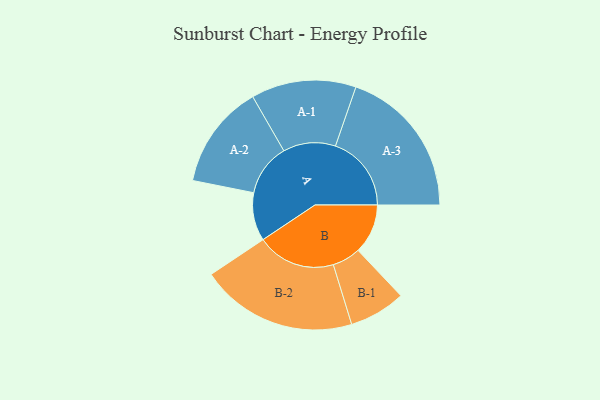
{"axis": {"x": "Segment", "y": "Value"}, "legend": ["", "A", "B"], "data": [{"x": "A", "y": 181, "type": ""}, {"x": "B", "y": 187, "type": ""}, {"x": "A-1", "y": 197, "type": "A"}, {"x": "A-2", "y": 196, "type": "A"}, {"x": "A-3", "y": 285, "type": "A"}, {"x": "B-1", "y": 106, "type": "B"}, {"x": "B-2", "y": 295, "type": "B"}]}